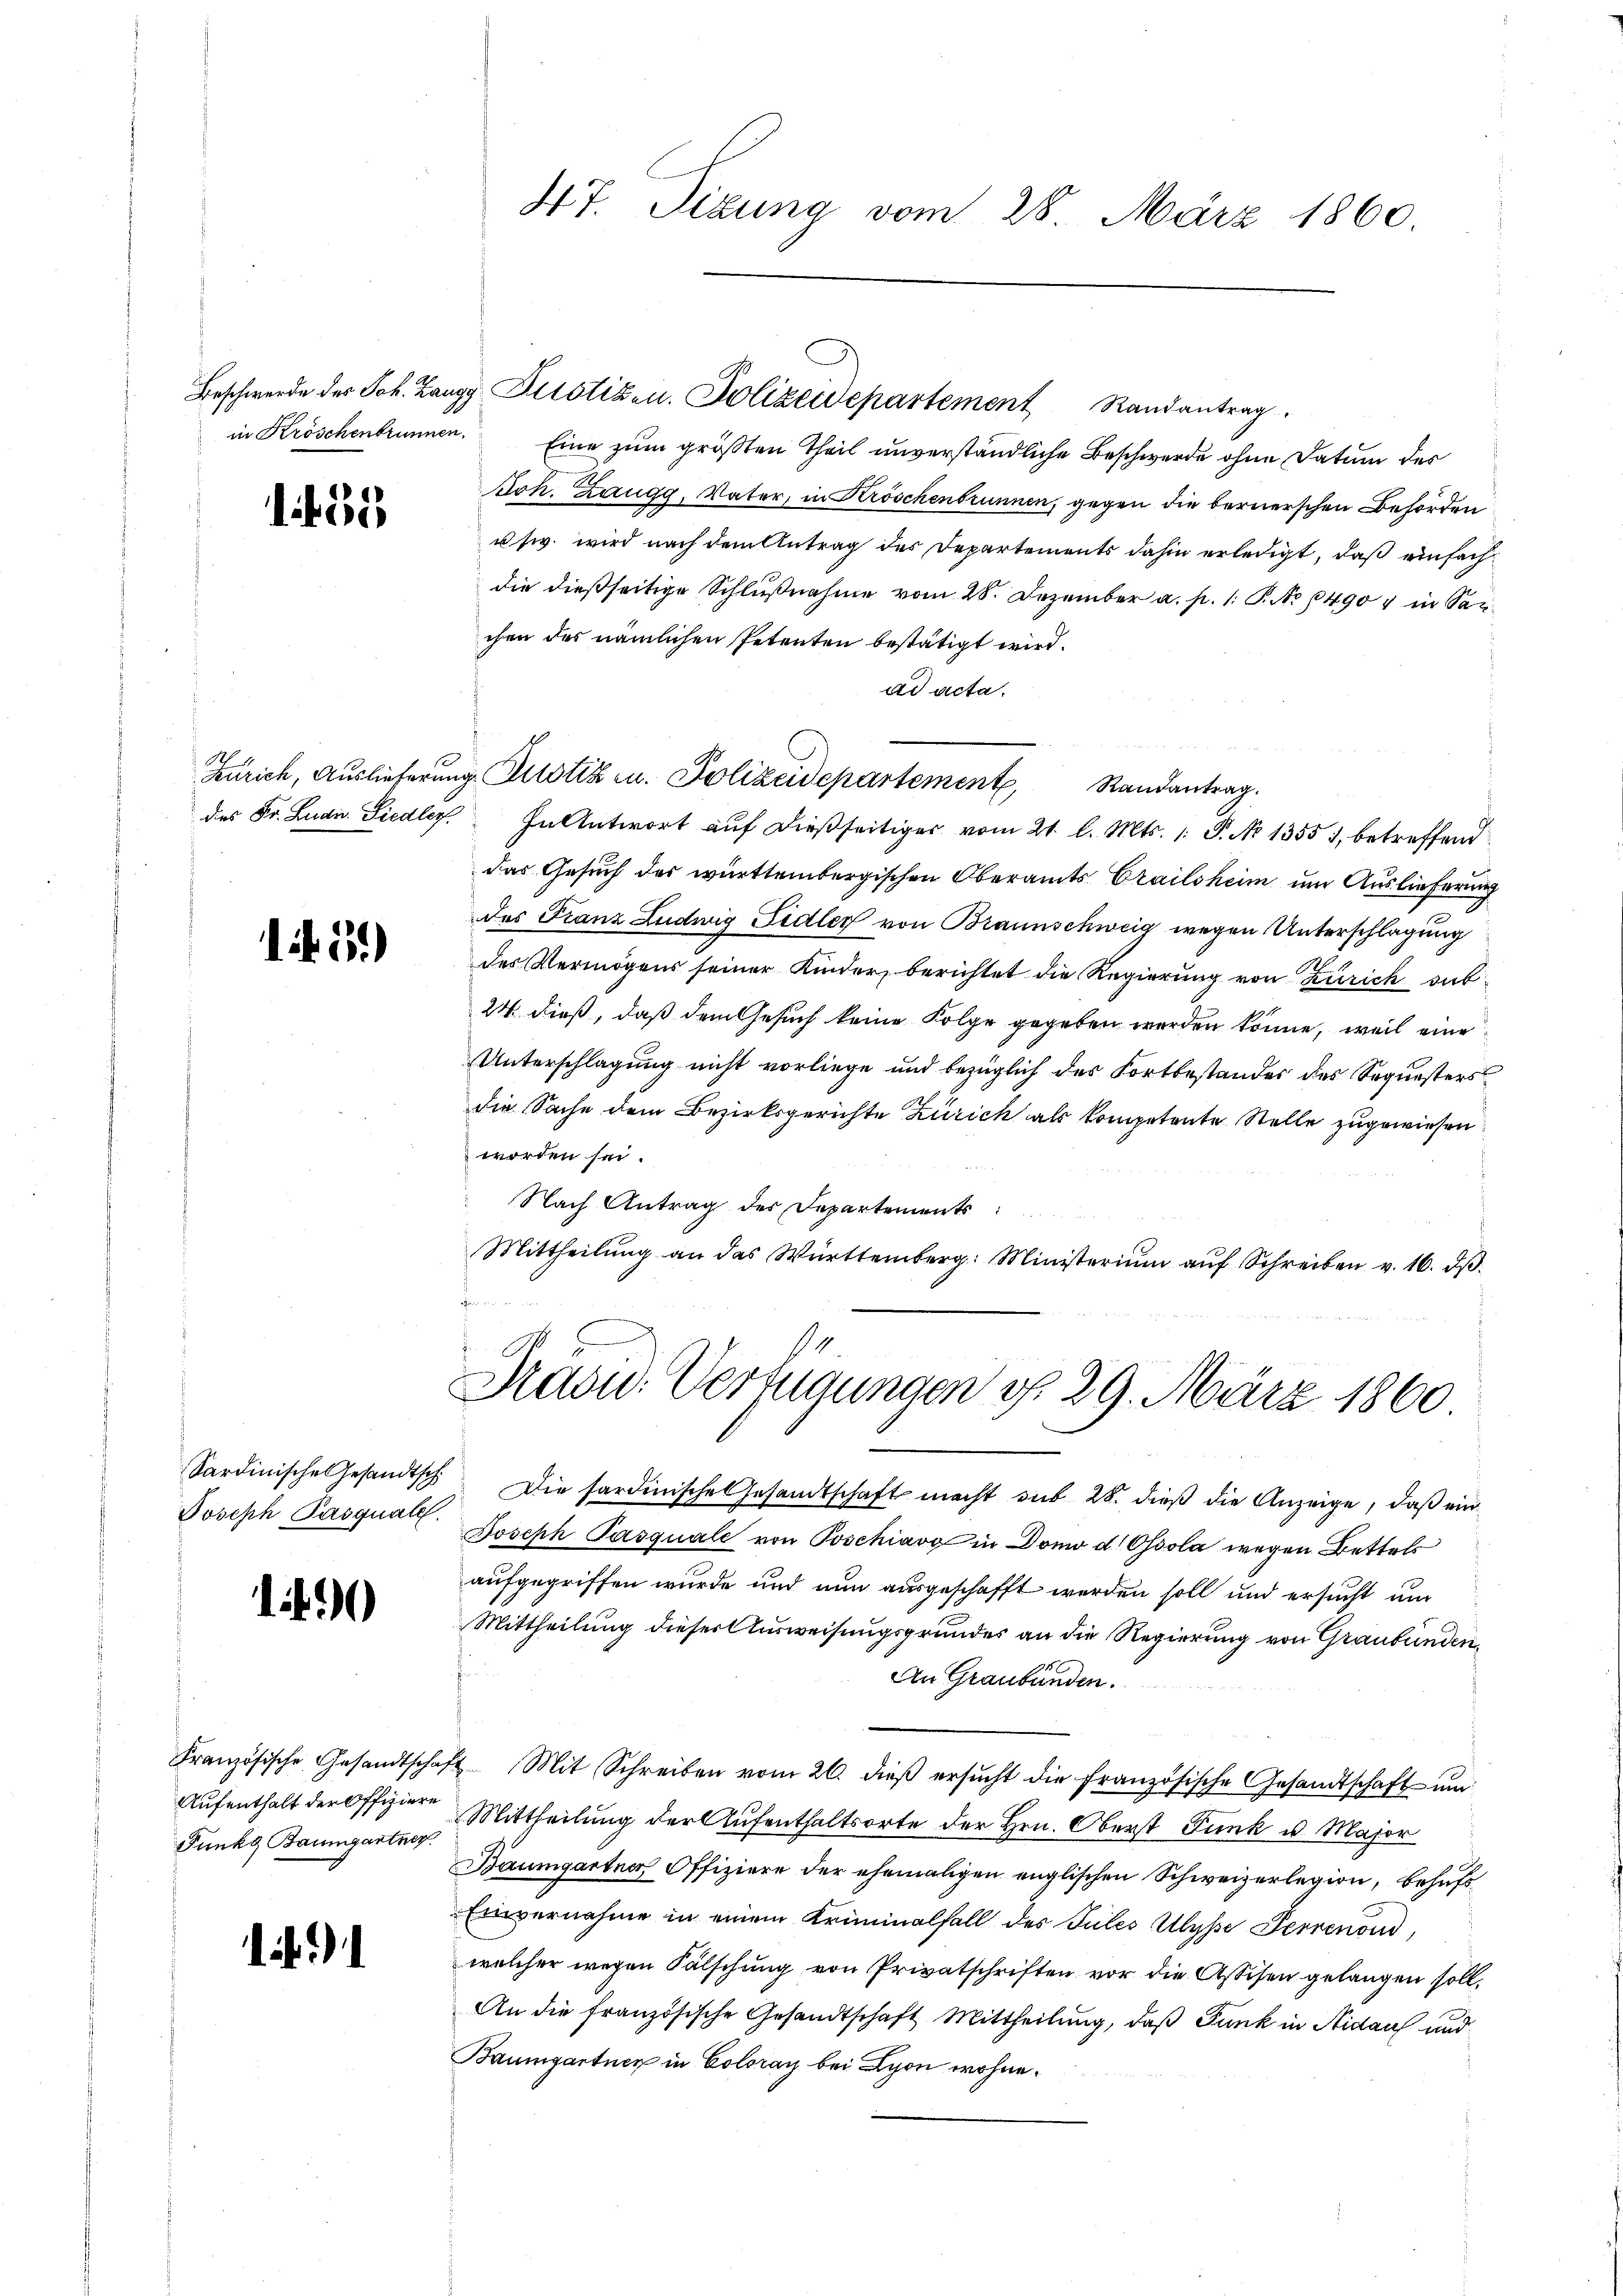
1431

1. 55.

Sardinische Gesandtsch
Joseph Pasquale.

1

Französische Gesandtschaf
Aufenthalt der Offiziere
Funkt Baumgartner

47. Sizung vom 28. März 1860.

Beschwerde des Joh. Zangg Pilotizen. Polizeidepartement Randantrag

in Kröschenbrunnen. Eine zum größten Theil unverständliche Beschwerde ohne Datum der
oh. Zaugg, Vater, in Kröschenbrunnen, gegen die bernerschen Behörden
usw. wird nach dem Antrag der Departements dahin erledigt, daß einfach
die dießseitige Schlußnahme vom 28. Dezember a. p. 1. P. No 64907 in Sarchen des nämlichen Petenten bestätigt wird.
ad acta.
des Fr. Ludn. Siedler. In Antwort aŭf dießseitiges vom 21. l. Mts. 1. P. No 1355, betreffend
das Gesuch des württembergischen Oberamts Crailsheim um Auslieferung
des Franz Ludwig Fidler von Braunschweig wegen Unterschlagung
des Vermögens seiner Kinder, berichtet die Regierung von Zürich sub¬
24 dieß, daß dem Gesuch keine Folge gegeben werden könne, weil eine
Unterschlagung nicht vorliege und bezüglich des Fortbestandes des Sequesters
die Sache dem Bezirksgerichte Zürich als kompetente Stelle zugewiesen
worden sei.
Nach Antrag des Departements
Mittheilŭng an das Württemberg: Ministerium aŭf Schreiben v. 16. dβ.
Präsid. Verfügungen d. 29. März 1860

Zürich, Auslieferung Justiz u. Polizeidepartement Randantrag.

Die sardinische Gesandtschaft macht sub 28. dieß die Anzeige, daß ein
Joseph Pasquale von Poschiavo in Dono d. Ossola wegen Bettels
aufgegriffen wurde und nun ausgeschafft werden soll und ersucht um
Mittheilung dieser Ausweisungsgrundes an die Regierung von Graubünden,
An Graubünden.
72. Mit Schreiben vom 26. dieß ersŭcht die französische Gesandtschaft um
Mittheilung der Aufenthaltsorte der Hrn. Oberst Funk u. Major
Baumgartner Offiziere der ehemaligen englischen Schweizerlegion, behufs¬
Einvernahme in einem Kriminalfall des Pules Ulysse Perrenoud,
welcher wegen Fälschung von Privatschriften vor die Assisen gelangen soll.
An die französische Gesandtschaft Mittheilung, daß Funk in Nidauf und
Baumgartner in Coloray bei Lyon wohne¬